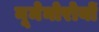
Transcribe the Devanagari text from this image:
नूमेनोरोयों